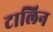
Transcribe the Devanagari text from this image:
टालिन